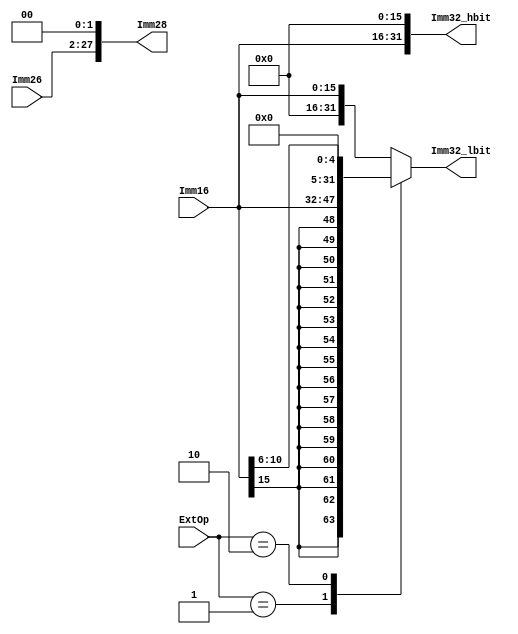
`timescale 1ns / 1ps

module EXT(Imm16, Imm26, ExtOp, Imm28, Imm32_lbit, Imm32_hbit);
	
	input [15:0] Imm16;
	input [25:0] Imm26;
	input [1:0] ExtOp;
	
	output [27:0] Imm28;
	output reg [31:0] Imm32_lbit;
	output [31:0] Imm32_hbit;
	
	assign Imm28 = {Imm26, 2'b00};
	assign Imm32_hbit = {Imm16, 16'h0000};
	
	always @(*) begin
		case (ExtOp)
			2'b00: Imm32_lbit = {16'h0000, Imm16}; //00: 'Zero'
			2'b01: Imm32_lbit = {{16{Imm16[15]}}, Imm16}; //01: 'Sign
			2'b10: Imm32_lbit = {{27{1'b0}}, Imm16[10:6]}; //10: 'sll/shamt
			default: Imm32_lbit = {16'h0000, Imm16};
		endcase
	end


endmodule